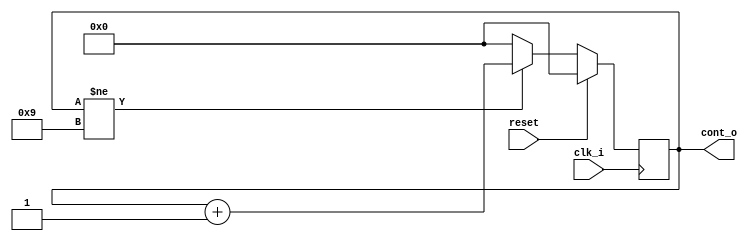
`timescale 1ns / 1ps
//////////////////////////////////////////////////////////////////////////////////
// Company: 
// 
// Design Name: 
// Module Name:    Contador4 
// Project Name: 
// Target Devices: 
// Tool versions: 
// Description: 
//
// Dependencies: 
//
// Revision: 
// Revision 0.01 - File Created
// Additional Comments: 
//
//////////////////////////////////////////////////////////////////////////////////
module Contador4(clk_i,reset,cont_o );//Contador de 4 bits, para generar las frecuencias de salida cuneta hasta 10

input clk_i,reset;//entradas clock de fpga y enable de contador
output reg[3:0] cont_o = 4'b0;// salida de contador de 7 bits 
 
		

always @(posedge clk_i)
	begin
		
		if(reset==1)
		
		cont_o = 4'b0;
		
		
		else if (cont_o!=9) // Concicion para contar
		
			cont_o = cont_o+1'b1;

				else
		cont_o=0; // Cuando llegue  a 9 se reinicia

	end

endmodule